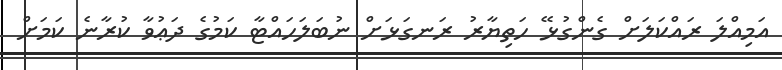
އަމިއްލަ ރައްކަލަށް ގެންގުޅޭ ހަތިޔާރު ރަނގަޅަށް ނުބަލަހައްޓާ ކަމުގެ ދަޢުވާ ކުރާނެ ކަމަށް